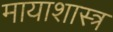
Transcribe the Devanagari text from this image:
मायाशास्त्र